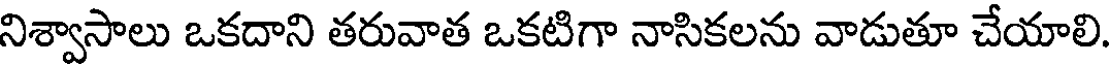
నిశ్వాసాలు ఒకదాని తరువాత ఒకటిగా నాసికలను వాడుతూ చేయాలి.